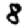
Digit: 8